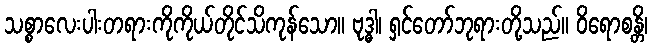
သစ္စာလေးပါးတရားကိုကိုယ်တိုင်သိကုန်သော။ ဗုဒ္ဓါ၊ ရှင်တော်ဘုရားတို့သည်။ ဝိရောစန္တိ၊